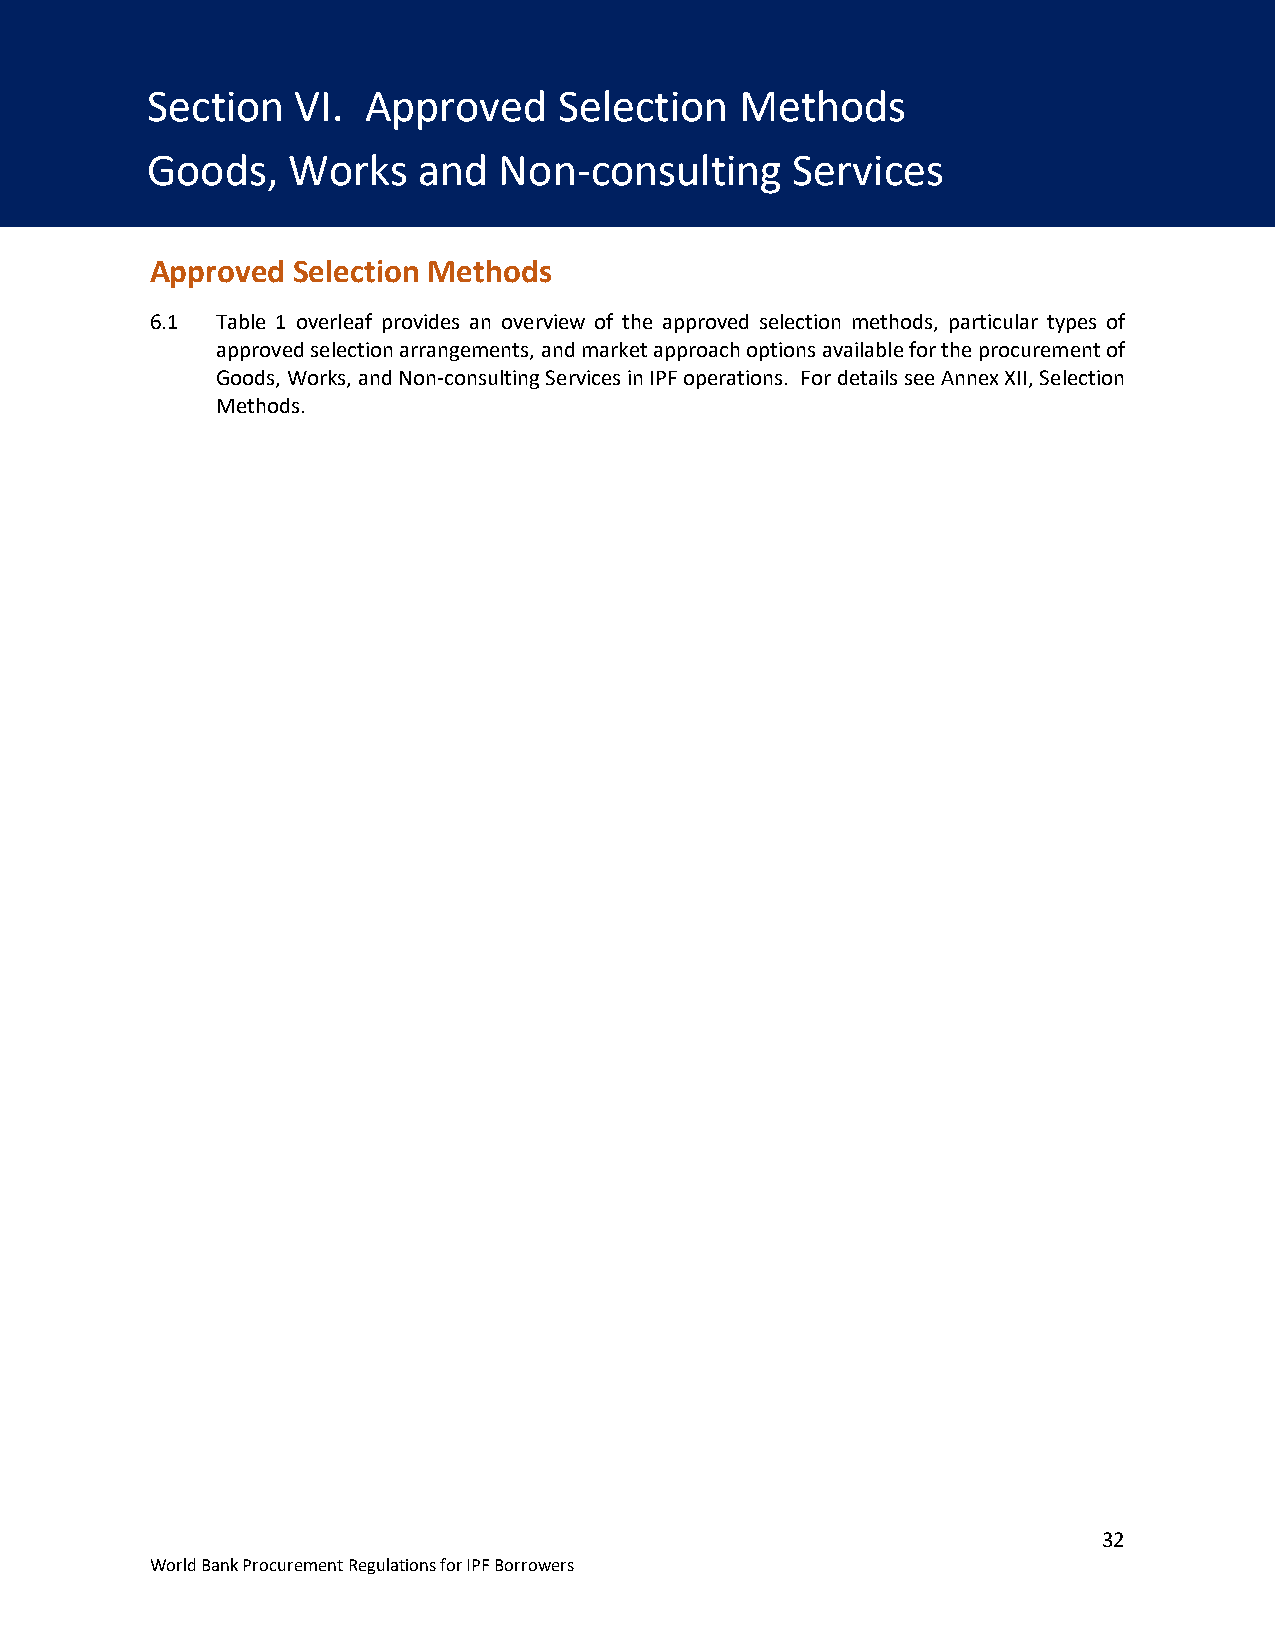
SSeecticont VioI. Anpp VrovIe.d SAelepctiponr Moetvhoedsd: G oSoeds,l Weocrktsi aondn N oMn-coenstuhltinog Sdersvices
 Goods,   Works    and  Non-consulting     Services
 Section VI. Approved Selection Methods: Goods, Works and Non-consulting Services
 Approved Selection Methods
 6.1 Table 1 overleaf provides an overview of the approved selection methods, particular types of
 approved selection arrangements, and market approach options available for the procurement of
 Goods, Works, and Non-consulting Services in IPF operations. For details see Annex XII, Selection
 Methods.
 32
 World Bank Procurement Regulations for IPF Borrowers